Vaccination Hyderabad 1872-1889 - 1872-1889
Year: 1872
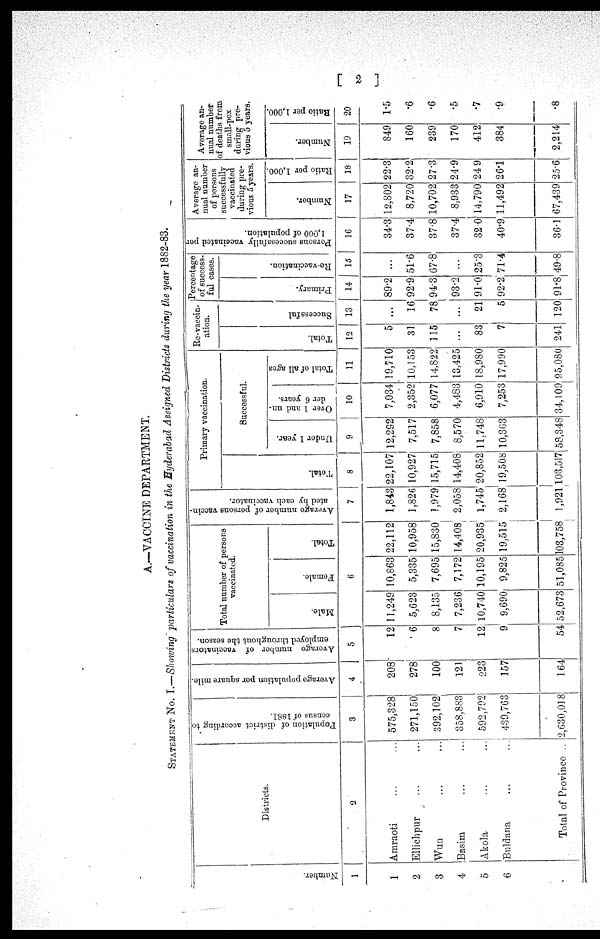
[ 2 ]
A.—VACCINE DEPARTMENT.
STATEMENT No. I.—Showing particulars of vaccination in the Hyderabad Assigned Districts during the year 1882-83.
Number.
1
1
2
3
4
5
6
Districts.
2
Amraoti ... ...
Ellichpur ... ...
Wun
...
...
Basim ... ...
Akola ... ...
Buldana ... ...
Total of Province ..
Population of district according to
consus of 1881.
3
575,328
271,150
392,102
358,883
592,792
439,763
2,630,018
Average population per square mile.
4
208
278
100
121
223
157
164
Average number of vaccinators
employed throughout the season.
5
12
6
8
7
12
9
54
Total number of persons
vaccinated.
Male.
Female.
Total.
6
11,249
5,623
8,135
7,236
10,740
9,690
52,673
10,863
5,335
7,695
7,172
10,195
9,825
51,085
22,112
10,958
15,830
14,408
20,935
19,515
103,758
Average number of persons vaccin-
ated by each vaccinator.
7
1,843
1,826
1,979
2,058
1,745
2,168
1,921
Primary vaccination.
Total
8
22,107
10,927
15,715
14,408
20,852
19,508
103,517
Successful.
Under 1 year.
9
12,292
7,517
7,858
8,570
11,748
10,363
58,348
Over 1 and un-
der 6 years.
10
7,034
2,352
6,077
4,483
6,910
7,253
34,109
Total of all ages
11
19,710
10,153
14,822
13,425
18,980
17,990
95,080
Re-vaccin-
ation.
Total.
12
5
31
115
...
83
7
241
Successful
13
...
16
78
...
21
5
120
Percentage
of success-
ful cases.
Primary.
14
89.2
92.9
94.3
93.2
91.0
92.2
91.8
Re-vaccination.
15
...
51.6
67.8
...
25.3
71.4
49.8
Persons successfully vaccinated per
1,000 of population.
16
34.3
37.4
37.8
37.4
32.0
40.9
36.1
Average an-
nual number
of persons
successfully
vaccinated
during pre-
vious 5 years.
Number.
17
12,802
8,720
10,702
8,933
14,790
11,492
67,439
Ratio per 1,000.
18
22.3
32.2
27.3
24.9
24.9
26.1
25.6
Average an-
nual number
of deaths from
small-pox
during pre-
vious 5 years.
Number.
19
849
160
239
170
412
384
2,214
Ratio per 1,000.
20
1.5
.6
.6
.5
.7
.9
.8